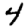
Digit: 4